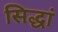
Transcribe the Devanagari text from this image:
सिद्धां